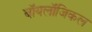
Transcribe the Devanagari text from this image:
बॉयलॉजिकल